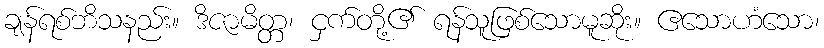
ချန်ရစ်ဘိသနည်း။ ဒိဇာမိတ္တ၊ ငှက်တို့၏ ရန်သူဖြစ်သောမူဆိုး။ ဧသောဟံသော၊